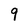
Character: 9